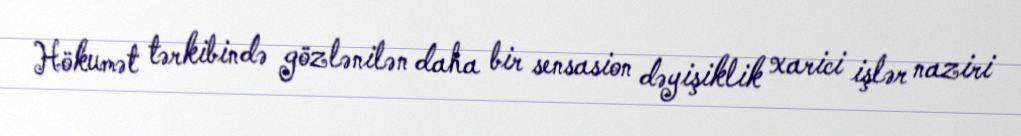
Hökumət tərkibində gözlənilən daha bir sensasion dəyişiklik xarici işlər naziri